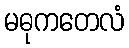
မဓုကတေလံ